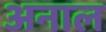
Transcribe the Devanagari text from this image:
अनाल